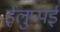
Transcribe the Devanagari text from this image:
ईलुप्पई